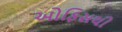
ઓફિસથી